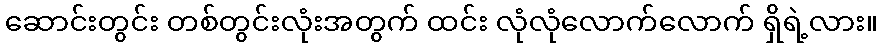
ဆောင်းတွင်း တစ်တွင်းလုံးအတွက် ထင်း လုံလုံလောက်လောက် ရှိရဲ့လား။